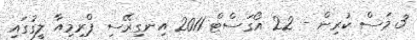
3 މަސް ކުރިން - 22 އޯގަސްޓް 2011 އިނގިރޭސި ޕްރިމިއާ ލީގުގައި